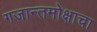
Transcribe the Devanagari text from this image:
गजान्तमोक्षाचा